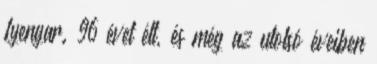
Iyengar. 96 évet élt, és még az utolsó éveiben